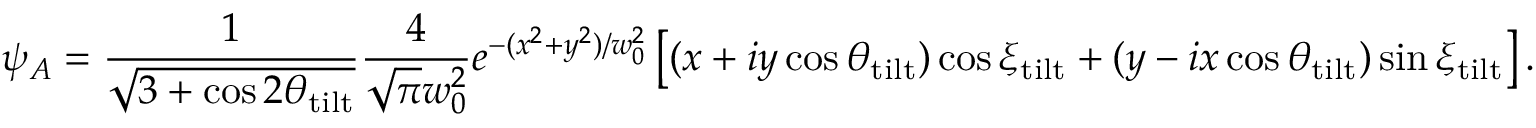
\psi _ { A } = \frac { 1 } { \sqrt { 3 + \cos { 2 \theta _ { \mathrm { t i l t } } } } } \frac { 4 } { \sqrt { \pi } w _ { 0 } ^ { 2 } } e ^ { - ( x ^ { 2 } + y ^ { 2 } ) / w _ { 0 } ^ { 2 } } \left[ ( x + i y \cos { \theta _ { \mathrm { t i l t } } } ) \cos { \xi _ { \mathrm { t i l t } } } + ( y - i x \cos { \theta _ { \mathrm { t i l t } } } ) \sin { \xi _ { \mathrm { t i l t } } } \right] .